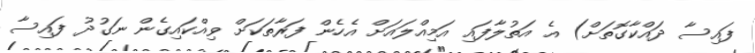
ފައިސާ ދައްކާގޮތަށް) އެ އަތުލާފައި އަމިއްލައަށް އެހެން ފަރާތަކަށް ވިއްކައިގެން ނަގުދު ފައިސާ